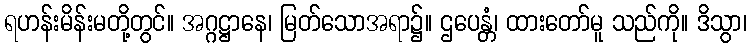
ရဟန်းမိန်းမတို့တွင်။ အဂ္ဂဋ္ဌာနေ၊ မြတ်သောအရာ၌။ ဌပေန္တံ၊ ထားတော်မူ သည်ကို။ ဒိသွာ၊